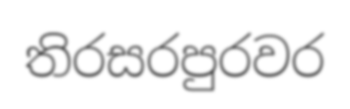
තිරසරපුරවර